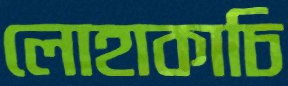
লোহাকাচি